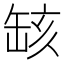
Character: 𦈲